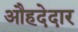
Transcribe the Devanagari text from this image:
औहदेदार